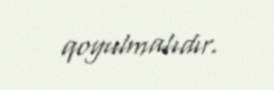
qoyulmalıdır.